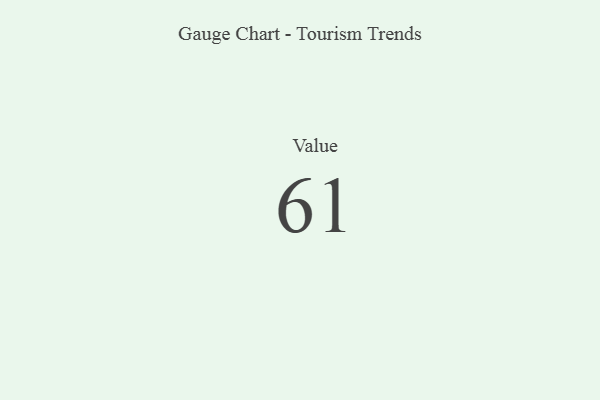
{"axis": {"x": "Metric", "y": "Value"}, "legend": [""], "data": [{"x": "Value", "y": 61, "type": ""}]}